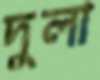
দুলা